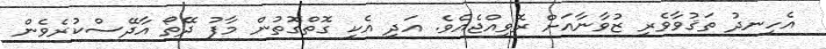
އެހިނދު ތަޤުވާވެރި ޒުވާނާއަށް ރޮވިއްޖެއެވެ. އަދި އެކި ގޮތްގޮތުން މާފު ދޭތޯ އާދޭސްކުރެވެން